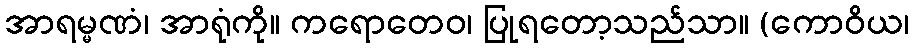
အာရမ္မဏံ၊ အာရုံကို။ ကရောတေဝ၊ ပြုရတော့သည်သာ။ (ကောဝိယ၊